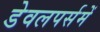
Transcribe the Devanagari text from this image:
डेवलपर्समें